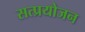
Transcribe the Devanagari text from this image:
सत्प्रयोजन